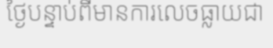
ថ្ងៃបន្ទាប់ពីមានការលេចធ្លាយជា